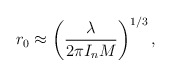
\begin{align*}r_0 \approx \left( \frac{\lambda}{2\pi I_n M}\right) ^{1/3},\end{align*}